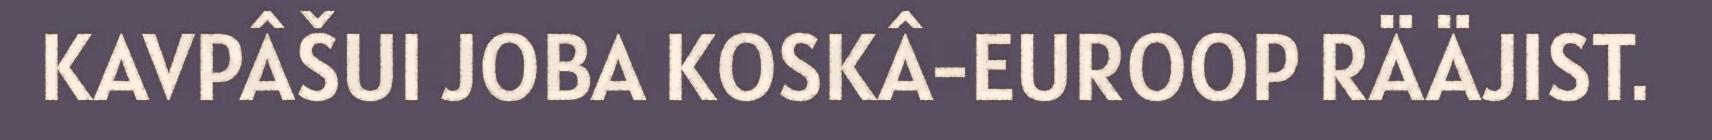
KAVPÂŠUI JOBA KOSKÂ-EUROOP RÄÄJIST.